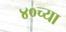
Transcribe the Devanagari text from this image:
४०च्या